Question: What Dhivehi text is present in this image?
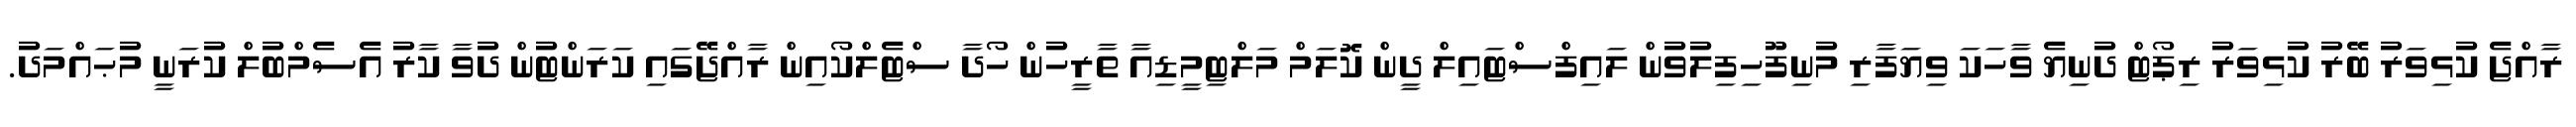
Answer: ރާއްޖެ ކުޅިވަރު ބޭރު ކުޅިވަރު ރިޕޯޓް ދުނިޔެ ވާހަކަ ވިޔަފާރި މުނިފޫހިފިލުވުން ލައިފްސްޓައިލް ދީން ކޮލަމް މަލްޓިމީޑިއާ ތާރީހުން ހޯދާ ސްޓެލްކޯއިން ރާއްޖޭގައި ކަރަންޓުން ދުވާ ކާރު އެސެމްބުލް ކުރަނީ މުޙައްމަދު.